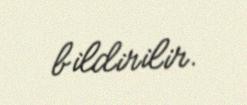
bildirilir.